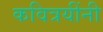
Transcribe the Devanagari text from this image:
कवित्रयींनी